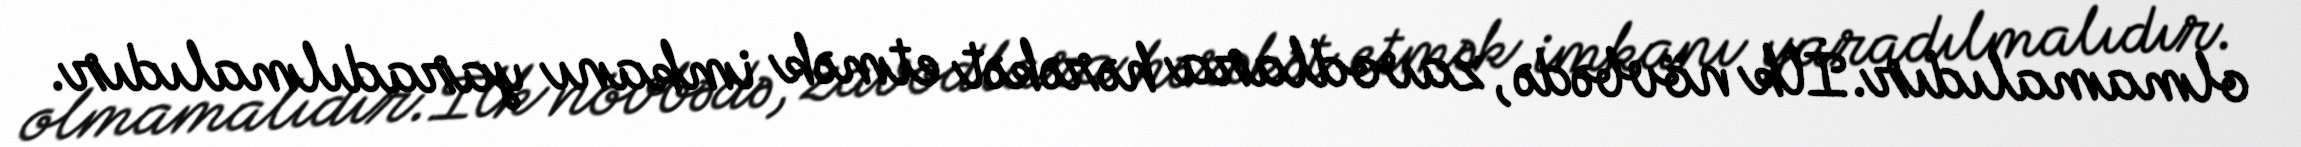
olmamalıdır.İlk növbədə, zavodlara hərəkət etmək imkanı yaradılmalıdır.